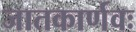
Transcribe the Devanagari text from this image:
जातकार्णवः